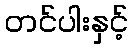
တင်ပါးနှင့်